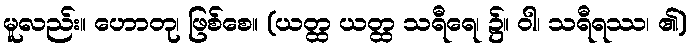
မူလည်း။ ဟောတု၊ ဖြစ်စေ။ (ယတ္ထ ယတ္ထ သရီရေ၊ ၌။ ဝါ၊ သရီရဿ၊ ၏)